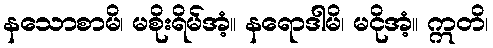
နသောစာမိ၊ မစိုးရိမ်အံ့။ နရောဒါမိ၊ မငိုအံ့။ ဣတိ၊